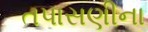
તપાસણીના